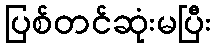
ပြစ်တင်ဆုံးမပြီး